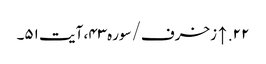
۲۲. ↑ زخرف/سوره۴۳، آیت ۵۱۔